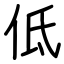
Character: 低